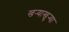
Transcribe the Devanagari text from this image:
खर्‍याखुर्‍या